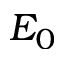
E _ { 0 }